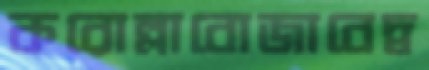
করোল্লাবোজাবেদ্ব